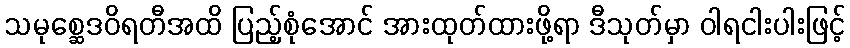
သမုစ္ဆေဒဝိရတီအထိ ပြည့်စုံအောင် အားထုတ်ထားဖို့ရာ ဒီသုတ်မှာ ဝါရငါးပါးဖြင့်